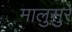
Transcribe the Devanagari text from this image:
मालुसुरे